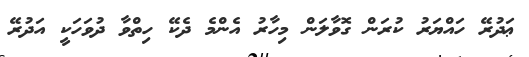
ޢަދުރޭ ހައްޔަރު ކުރަން ގޮވާލަން މިހާރު އެންމެ ދެކޭ ހިތްވާ ދުވަހަކީ އަދުރޭ